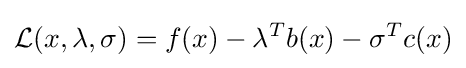
{\mathcal {L}}(x,\lambda ,\sigma )=f(x)-\lambda ^{T}b(x)-\sigma ^{T}c(x)